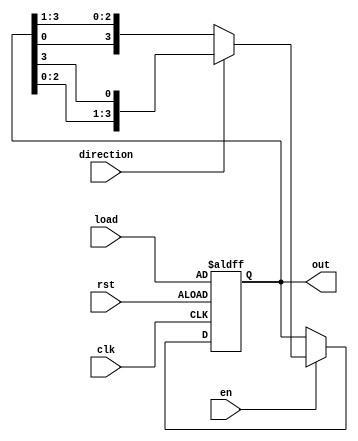
`timescale 1ns / 1ps
//////////////////////////////////////////////////////////////////////////////////
// Company: 
// Engineer: 
// 
// Design Name: 
// Module Name:    rotate 
// Project Name: 
// Target Devices: 
// Tool versions: 
// Description:    size-bit rotate (circular shift)
//
// Dependencies: 
//
// Revision: 
// Revision 0.01 - File Created
// Additional Comments: 
//
//////////////////////////////////////////////////////////////////////////////////
module rotate #(parameter size = 4)(
    output  reg[size-1:0] out,
    input   clk,
    input   rst,
    input   en,
    input   direction,
    input   [size-1:0] load
    );

    always @( posedge clk or negedge rst )
    begin
        
        if( rst == 0 )
            out <= load;
        else if( en )
        begin
        
            if( direction )
                out <= {out[size-2:0],out[size-1]};
            else
                out <= {out[0],out[size-1:1]};
        
        end
        
    end

endmodule